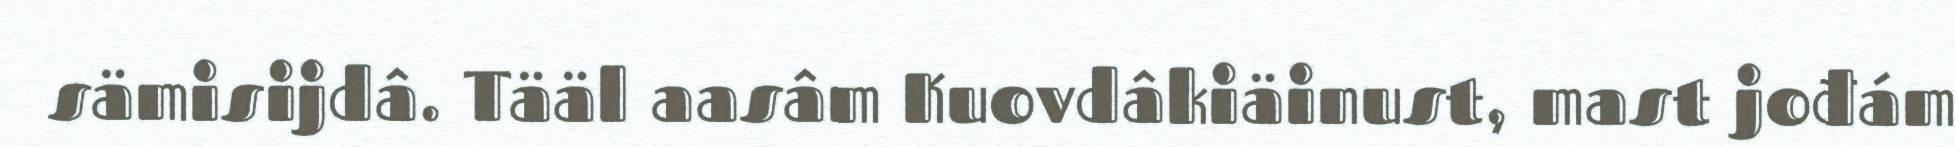
sämisijdâ. Tääl aasâm Kuovdâkiäinust, mast jođám